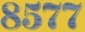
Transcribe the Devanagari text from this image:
८५७७